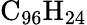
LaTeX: \mathrm{C_{96}H_{24}}